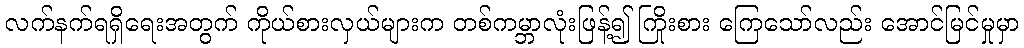
လက်နက်ရရှိရေးအတွက် ကိုယ်စားလှယ်များက တစ်ကမ္ဘာလုံးဖြန့်၍ ကြိုးစား ကြေသော်လည်း အောင်မြင်မှုမှာ